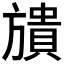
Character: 𣄜